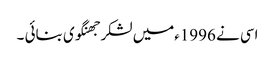
اسی نے 1996ءمیں لشکر جھنگوی بنائی ۔